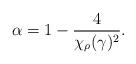
LaTeX: \begin{align*}\alpha = 1 - \frac{4}{\chi_{\rho}(\gamma)^2}.\end{align*}